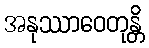
အနုဿာဝေတုန္တိ